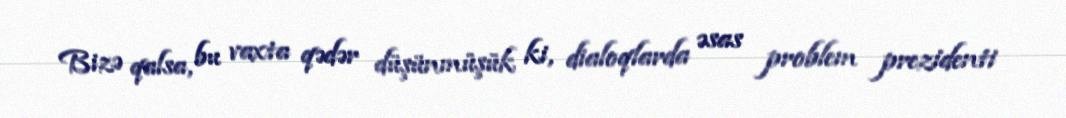
Bizə qalsa, bu vaxta qədər düşünmüşük ki, dialoqlarda əsas problem prezidenti